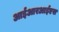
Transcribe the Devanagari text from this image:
आईआरआईएस